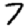
Digit: 7